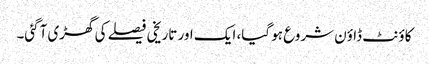
کاؤنٹ ڈاؤن شروع ہو گیا، ایک اور تاریخی فیصلے کی گھڑی آگئی۔